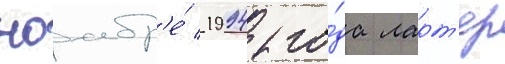
ноабр'е́ 1994 го́да ларт'ер